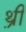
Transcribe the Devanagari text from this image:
थ़्री